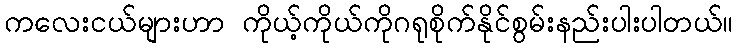
ကလေးငယ်များဟာ ကိုယ့်ကိုယ်ကိုဂရုစိုက်နိုင်စွမ်းနည်းပါးပါတယ်။